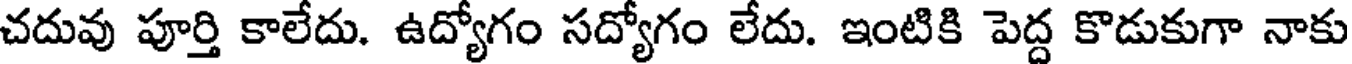
చదువు పూర్తి కాలేదు. ఉద్యోగం సద్యోగం లేదు. ఇంటికి పెద్ద కొడుకుగా నాకు